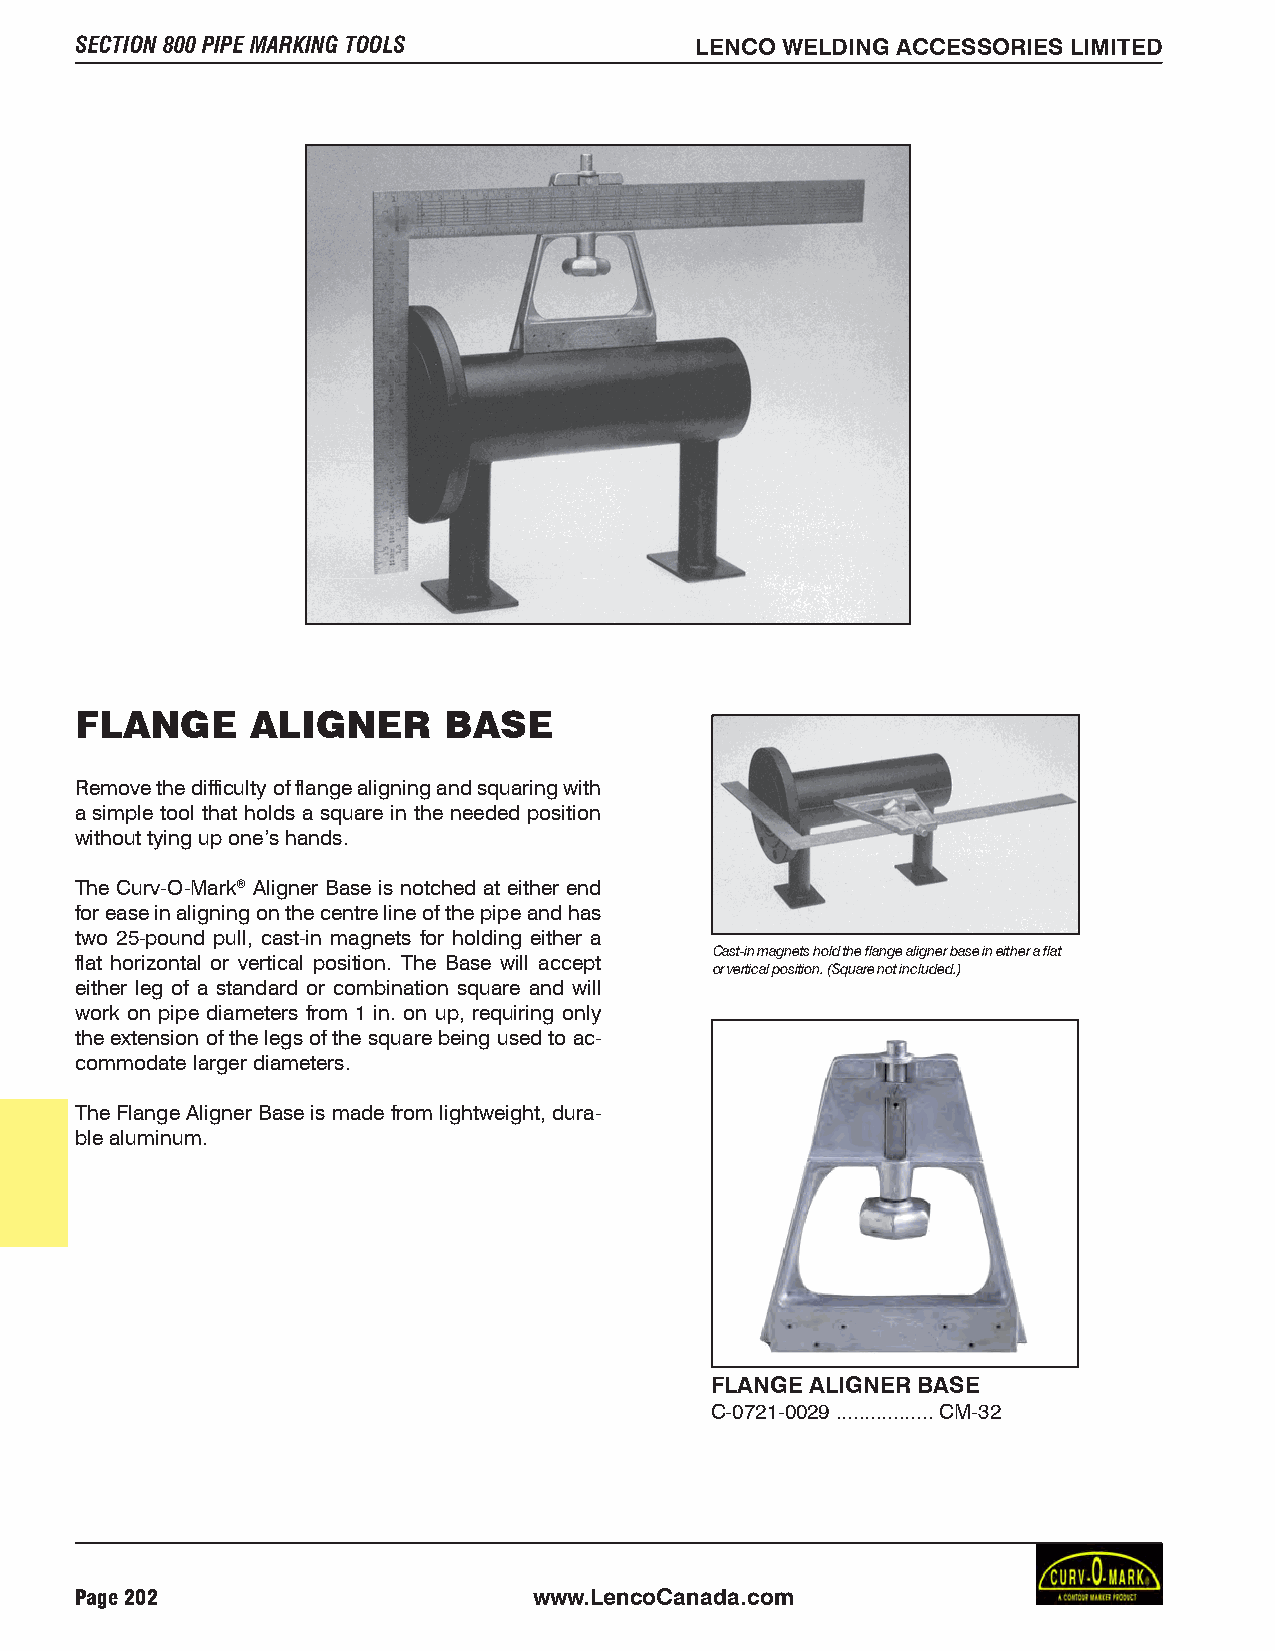
SECTION 800 PIPE MARKING TOOLS           LENCO WELDING ACCESSORIES LIMITED
 FLANGE      ALIGNER     BASE
 Remove the difficulty of flange aligning and squaring with
 a simple tool that holds a square in the needed position
 without tying up one’s hands.
 The Curv-O-Mark® Aligner Base is notched at either end
 for ease in aligning on the centre line of the pipe and has
 two 25-pound pull, cast-in magnets for holding either a
 Cast-in magnets hold the flange aligner base in either a flat
 flat horizontal or vertical position. The Base will accept
 or vertical position. (Square not included.)
 either leg of a standard or combination square and will
 work on pipe diameters from 1 in. on up, requiring only
 the extension of the legs of the square being used to ac-
 commodate larger diameters.
 The Flange Aligner Base is made from lightweight, dura-
 ble aluminum.
 FLANGE ALIGNER BASE
 C-0721-0029.................CM-32
 Page 202                      www.LencoCanada.com